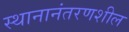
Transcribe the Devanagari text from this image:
स्थानानंतरणशील